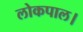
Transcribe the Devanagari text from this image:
लोकपाल।